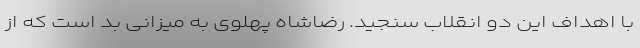
با اهداف این دو انقلاب سنجید. رضاشاه پهلوی به میزانی بد است که از